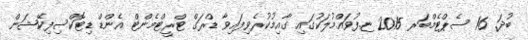
ބުދަ